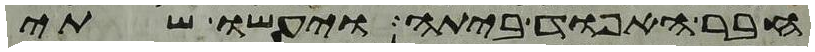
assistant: חבר האפוד ביתה ויעשו שתי